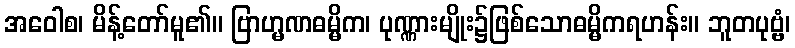
အဝေါစ၊ မိန့်တော်မူ၏။ ဗြာဟ္မဏဓမ္မိက၊ ပုဏ္ဏားမျိုး၌ဖြစ်သောဓမ္မိကရဟန်း။ ဘူတပုဗ္ဗံ၊